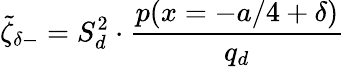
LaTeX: \tilde{\zeta}_{\delta-}=S_{d}^{2}\cdot\frac{p(x=-a/4+\delta)}{q_{d}}